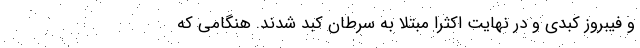
و فیبروز کبدی و در نهایت اکثراً مبتلا به سرطان کبد شدند. هنگامی که